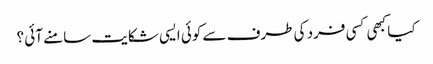
کیا کبھی کسی فرد کی طرف سے کوئی ایسی شکایت سامنے آئی ؟